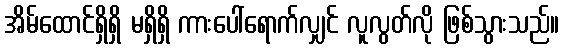
အိမ်ထောင်ရှိရှိ မရှိရှိ ကားပေါ်ရောက်လျှင် လူလွတ်လို ဖြစ်သွားသည်။